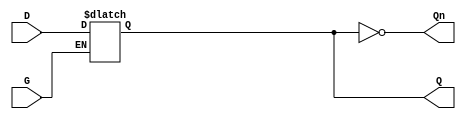
module level_sensitive_gated_latch (
    input wire D,      // Data Input
    input wire G,      // Enable Signal
    output reg Q,      // Output
    output wire Qn     // Complement of Output
);

// Assign the complement of Q to Qn
assign Qn = ~Q;

// Always block to model the behavior of the gated latch
always @ (G or D) begin
    if (G) begin
        // When G is high, Q follows D
        Q <= D;
    end
    // When G is low, Q holds its previous state
end

endmodule